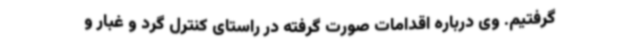
گرفتیم. وی درباره اقدامات صورت گرفته در راستای کنترل گرد و غبار و